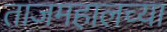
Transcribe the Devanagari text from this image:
ताजमहालच्या